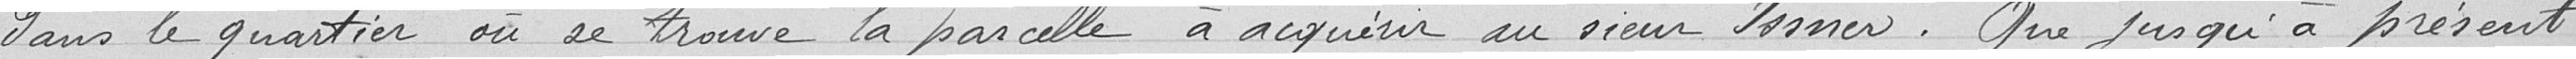
dans le quartier où se trouve la parcelle à acquérir au Sieur ISSNER. Que jusqu'à présent,